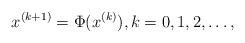
LaTeX: \begin{align*} x^{(k + 1)} = \Phi(x^{(k)}), k = 0,1,2,\ldots,\end{align*}